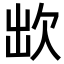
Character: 欪